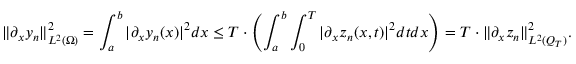
\lVert \partial _ { x } y _ { n } \rVert _ { L ^ { 2 } ( \Omega ) } ^ { 2 } = \int _ { a } ^ { b } | \partial _ { x } y _ { n } ( x ) | ^ { 2 } d x \leq T \cdot \left( \int _ { a } ^ { b } \int _ { 0 } ^ { T } | \partial _ { x } z _ { n } ( x , t ) | ^ { 2 } d t d x \right) = T \cdot \lVert \partial _ { x } z _ { n } \rVert _ { L ^ { 2 } ( Q _ { T } ) } ^ { 2 } .